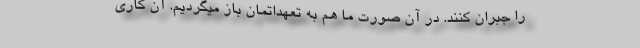
را جبران کنند. در آن صورت ما هم به تعهداتمان باز میگردیم. آن کاری